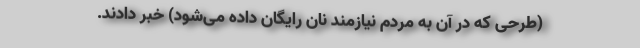
(طرحی که در آن به مردم نیازمند نان رایگان داده می‌شود) خبر دادند.